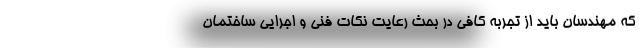
که مهندسان باید از تجربه کافی در بحث رعایت نکات فنی و اجرایی ساختمان